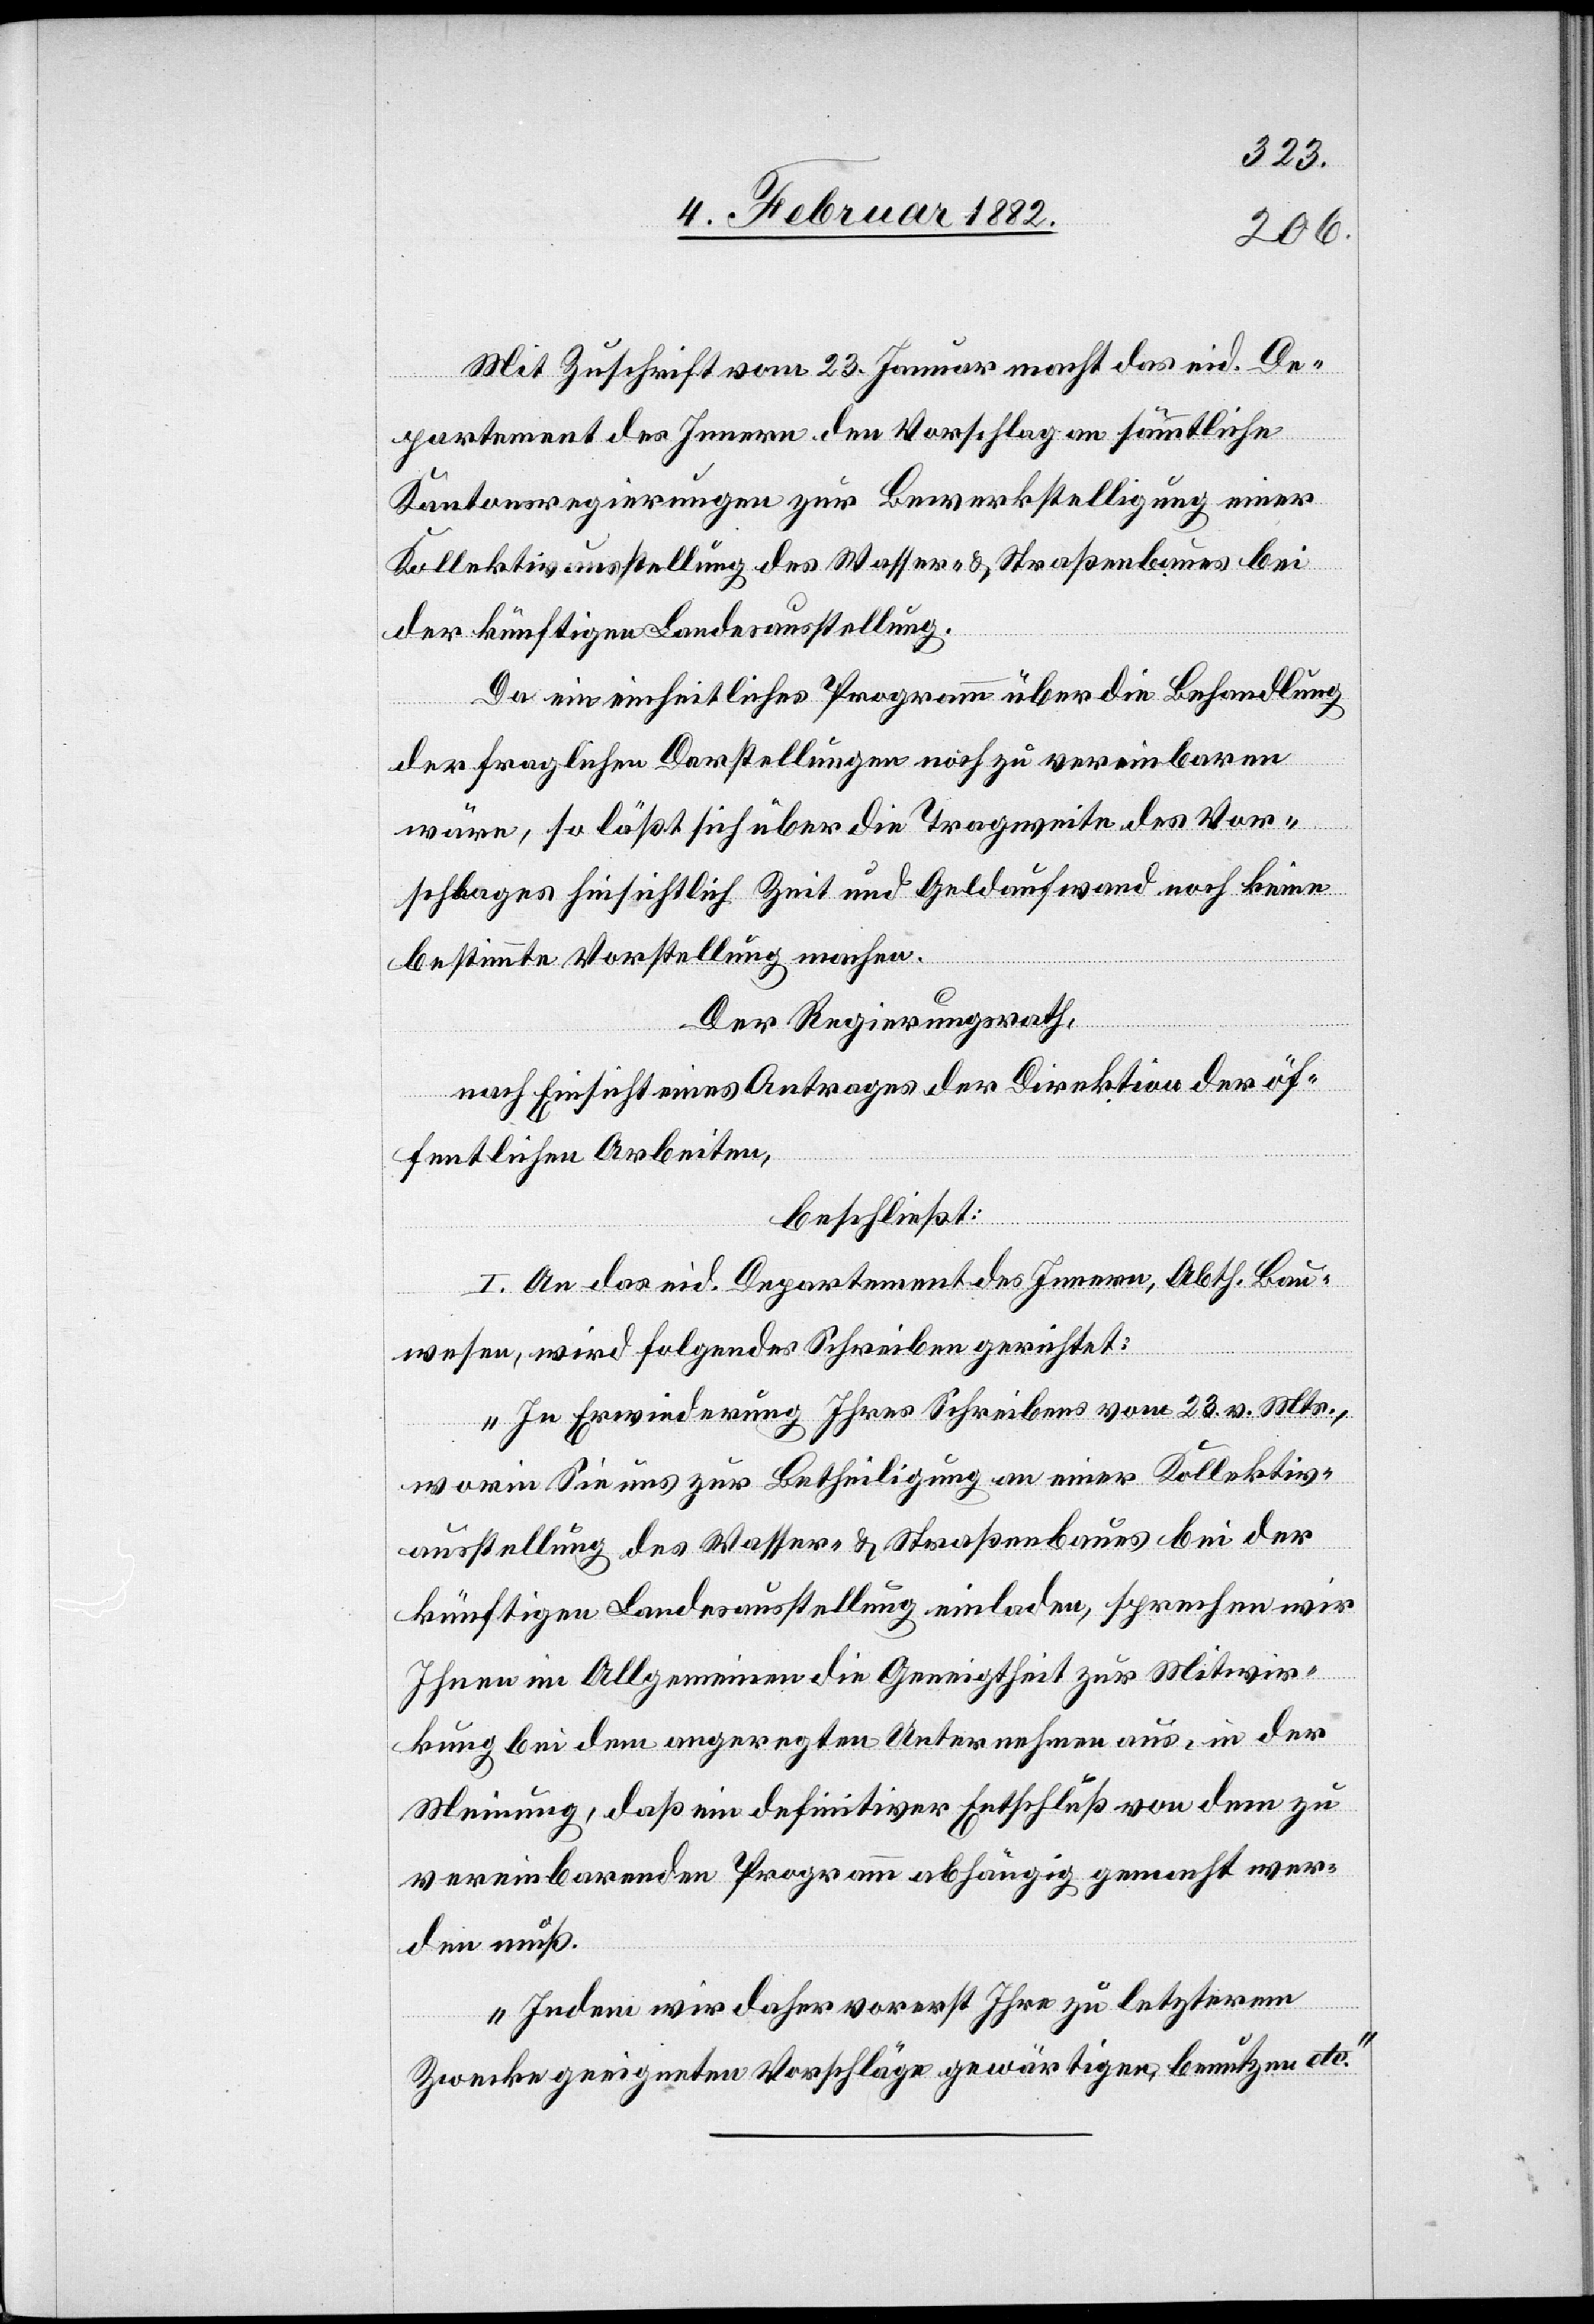
Mit Zuschrift vom 23. Januar macht das eid. De¬
partement des Innern den Vorschlag an sämmtliche
Kantonsregierungen zur Bewerkstelligung einer
Kollektivausstellung des Wasser- & Straßenbaues bei
der künftigen Landesausstellung.
Da ein einheitliches Programm über die Behandlung
der fraglichen Darstellungen noch zu vereinbaren
wäre, so läßt sich über die Tragweite des Vor¬
schlages hinsichtlich Zeit und Geldaufwand noch keine
bestimmte Vorstellung machen.
Der Regierungsrath,
nach Einsicht eines Antrages der Direktion der öf¬
fentlichen Arbeiten,
beschließt:
I An das eid. Departement des Innern, Abth. Bau¬
wesen, wird folgendes Schreiben gerichtet:
„In Erwiederung Ihres Schreibens vom 23. v. Mts.,
worin Sie uns zur Betheiligung an einer Kollektiv¬
ausstellung des Wasser- & Straßenbaues bei der
künftigen Landesausstellung einladen, sprechen wir
Ihnen im Allgemeinen die Geneigtheit zur Mitwir¬
kung bei dem angeregten Unternehmen aus, in der
Meinung, daß ein definitiver Entschluß von dem zu
vereinbarenden Programm abhängig gemacht wer¬
den muß.
Indem wird daher vorerst Ihre zu letzterem
Zwecke geeigneten Vorschläge gewärtigen, benutzen etc.“